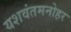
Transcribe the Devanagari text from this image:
यशवंतमनोहर